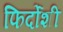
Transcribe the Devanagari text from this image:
फिर्दोशी